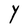
Character: Y